Annual administration and progress report of the Indian Medical Department, Bombay
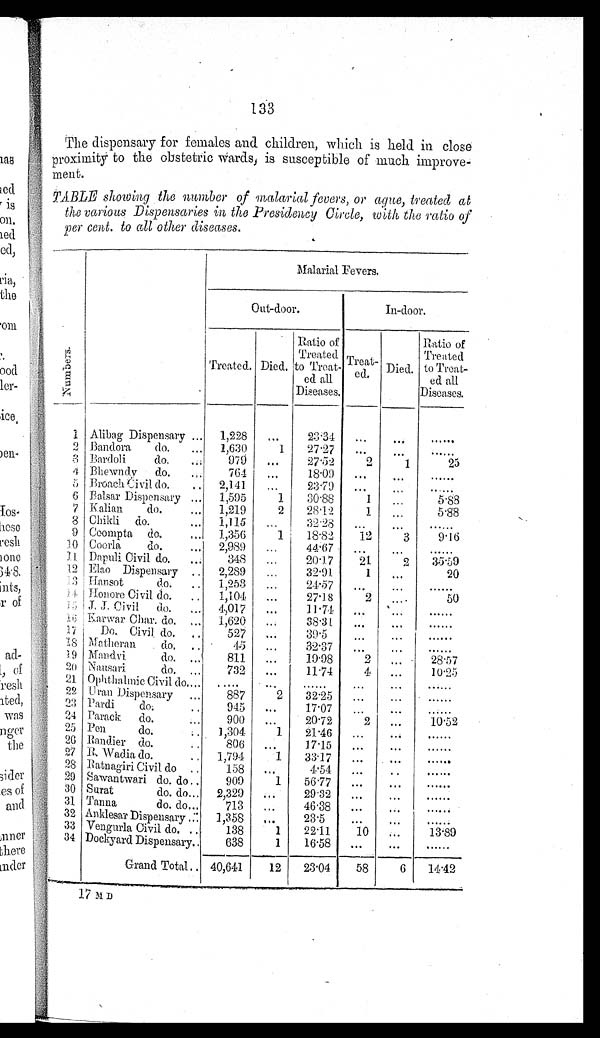
133
The dispensary for females and children, which is held in close
proximity to the obstetric Wards, is susceptible of much improve-
ment.
TABLE showing the number of malarial fevers, or ague, treated at
the various Dispensaries in the Presidency Circle, with the ratio of
per cent. to all other diseases.
Number s .
Malarial Fevers.
Out-door.
In-door.
Treated. Died.
Ratio of
Treated
to Treat-
ed all
Diseases.
Treat-
ed.
Died.
Ratio of
Treated
to Treat-
ed all
Diseases.
1 Alibag Dispensary ... 1,228
. . .
2 3 . 3 4
. . .
. . .
......
2 Bandora do.
... 1,630
1
27.27
...
. . . ......
3 Bardoli do.
. . .
979
...
27.52
2
1
25
4 Bhewndy do.
. . .
764
. . .
18.09
. . . ...
......
5 Broach Civil do.
.. 2,141 ...
23.79
...
. . .
......
6 Balsar Dispensary
. . . 1,595
1
30.88
1
. . .
5.88
7 Kalian do.
. . . 1,219
2
28.12
1
...
5.88
8 Chikli do.
. . . 1,115 ...
32.28
... ...
......
9 Coompta do.
... 1,356
1
18.82
12
3
9.16
10 Coorla do.
. . . 2,989
. . . 44.67
...
. . .
......
11 Dapuli Civil do.
. . .
348
. . . 20.17
21
2
35.59
12 Elao Dispensary .. 2,289
...
32.91
1 ...
20
13 Hansot do.
. . 1,253
. . .
24.57
. . . ...
......
14 Honore Civil do. .. 1,104 ...
27.18
2
. . .
50
15 J. J. Civil do.
. . . 4,017
. . .
11.74
. . . ...
......
1 6 Karwar Char. do.
. . . 1,620
. . .
38.31
... ...
......
17
Do. Civil do. ..
527
...
39.5
. . . ...
......
18 Matheran do. ..
45 ...
32.37
. . .
...
......
19 Mandvi do.
. . .
811
...
19.98
2
...
28.57
20 Nausari do.
. . .
732
. . .
11.74
4 ...
10.25
21 Ophthalmic Civil do. . . . .....
. . .
......
. . . ...
......
22 Uran Dispensary ...
887
2
32.25
...
. . .
......
23 Pardi do.
..
945
...
17.07
...
...
......
24 Parack do.
. . .
900
. . .
20.72
2 ...
10.52
25 Pen do.
. . 1,304
1
21.46
...
...
......
26 Randier do.
. .
806 ...
17.15
. . .
. . .
. . . . . .
27 R. Wadia do.
.. 1,794
1
33.17
...
...
. . . . . .
28 Ratnagiri Civil do ..
158
. . .
4.54
... ..
......
29 Sawantwari do. do ..
909
1
56.77
...
...
. . . . . .
30 Surat do. do . . . 2,329
. . .
29.32
...
. . .
......
31 Tanna do. do . . .
713
. . .
46.38
...
...
......
32 Anklesar Dispensary . . . 1,358
...
23.5
. . .
...
. . . . . .
33 Vengurla Civil do. ..
138
1
22.11
10 ...
13.89
34 Dockyard Dispensary . .
638
1
16.58 ...
...
......
Grand Total . . 40,641
12
23.04
58
6
14.42
1 7 M D